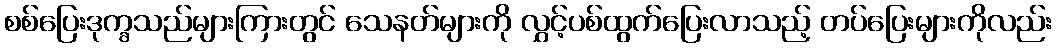
စစ်ပြေးဒုက္ခသည်များကြားတွင် သေနတ်များကို လွှင့်ပစ်ထွက်ပြေးလာသည့် တပ်ပြေးများကိုလည်း